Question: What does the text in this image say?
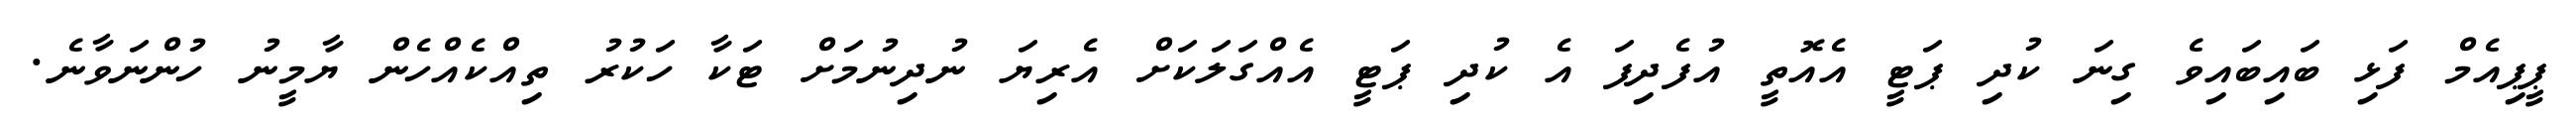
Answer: ޕީޕިއެމް ފަޅި ބައިބައިވެ ގިނަ ކުދި ޕަޓީ އެއޮތީ އުފެދިފަ އެ ކުދި ޕަޓީ އެއްގަލަކަށް އެރިޔަ ނުދިނުމަށް ޓަކާ ހަކުރު ތިއްކެއްހެން ޔާމީނު ހުންނަވާނެ.